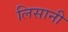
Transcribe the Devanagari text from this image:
लिसानी